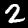
Digit: 2